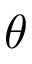
\boldsymbol { \theta }